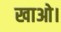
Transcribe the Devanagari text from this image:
खाओ।